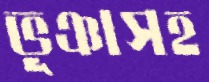
ভূঞাসহ